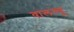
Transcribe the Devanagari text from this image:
वालथ्यू